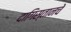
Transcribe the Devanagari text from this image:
दागिस्तानचे